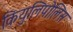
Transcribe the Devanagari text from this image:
कियुलिपोलिस